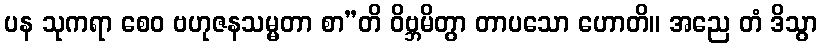
ပန သုကရာ စေဝ ဗဟုဇနသမ္မတာ စာ”တိ ဝိဗ္ဘမိတွာ တာပသော ဟောတိ။ အညေ တံ ဒိသွာ